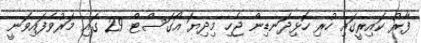
ފާރު ކައިރީގައި ހުރި ހޮޅިދަނޑިން ޖެހި މިދިޔަ އޯގަސްޓް 29 ގައި މަރުވެފައިވަނީ